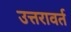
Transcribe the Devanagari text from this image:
उत्तरावर्त